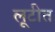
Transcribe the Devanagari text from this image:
लूटीत